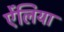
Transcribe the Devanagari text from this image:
ऐंलिया